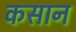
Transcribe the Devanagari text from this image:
कसान